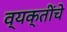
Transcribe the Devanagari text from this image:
व्‍यक्‍तींचे